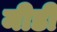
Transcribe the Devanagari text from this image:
मीडी